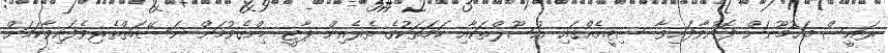
ރައީސް މައުމޫނަށް ފޮނުވާފައިވާ ސިޓީއެއްގައި އުސޫލްތަކާއި ހަމަތަކުގެ ތެރެއިން ޕާޓީ ހިންގެވުމަށް ނަސޭހަތްތެރިވެފައިވާކަމަށް